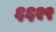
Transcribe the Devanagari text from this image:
६६२९